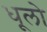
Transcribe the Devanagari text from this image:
धूलो